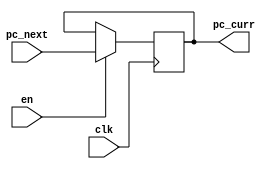
/* PC Register 16 bits */

module pc_reg(pc_next, pc_curr, clk, en);
  input[15:0] pc_next; // the address of next instruction
  input clk/*clock*/, en/*enable*/;
  output reg[15:0] pc_curr; // the address of current instruction
  
  always @(posedge clk) begin
    if (en == 1)
      pc_curr <= pc_next;
  end
  
endmodule